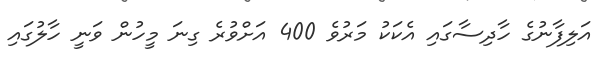
އަލިފާނުގެ ހާދިސާގައި އެކަކު މަރުވެ 400 އަށްވުރެ ގިނަ މީހުން ވަނީ ހާލުގައި